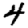
Digit: 4